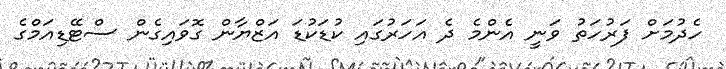
ހެދުމަށް ފަރުހަތު ވަނީ އެންމެ ދެ އަހަރުގައި ކުޑަކުޑަ އަޒްޔާން ގޮވައިގެން ސްޓޭޑިއަމްގެ